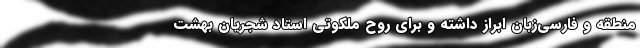
منطقه و فارسی‌زبان ابراز داشته و برای روح ملکوتی استاد شجریان بهشت